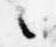
々